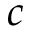
c